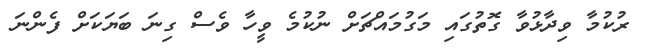
ރުކުމާ ވިދާޅުވާ ގޮތުގައި މަގުމައްޗަށް ނުކުމެ ވީހާ ވެސް ގިނަ ބަޔަކަށް ފެންނަ